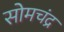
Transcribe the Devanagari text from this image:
सोमचंद्र